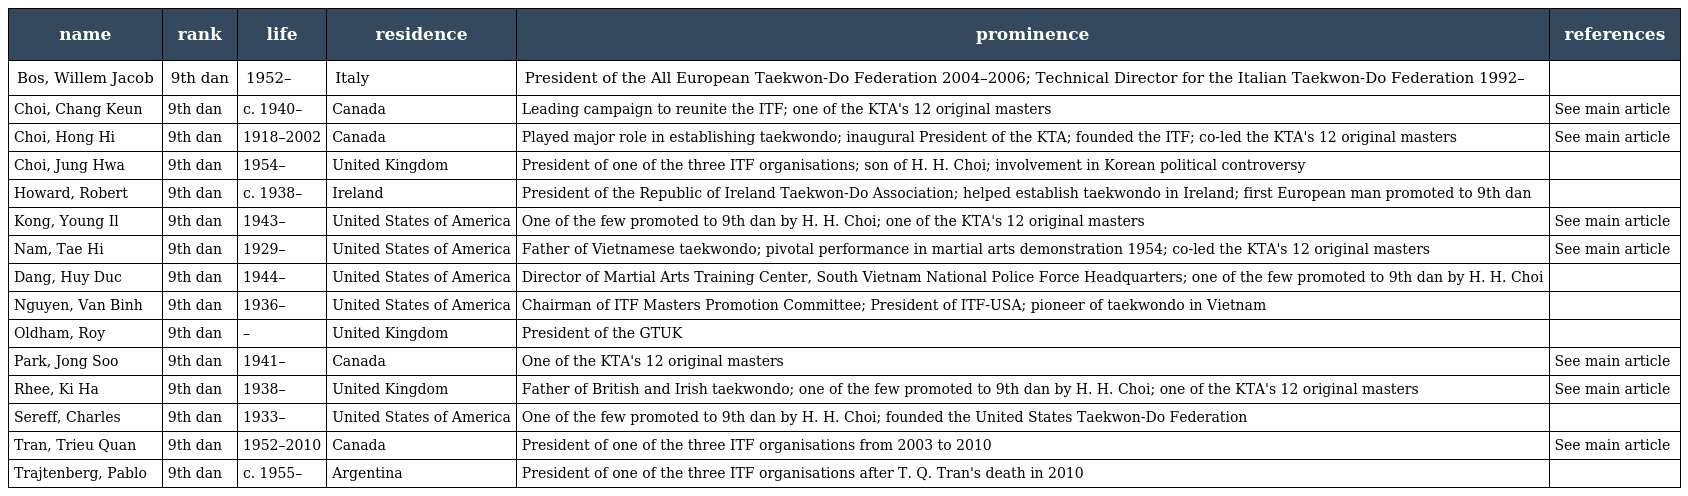
| name | rank | life | residence | prominence | references |
 | --- | --- | --- | --- | --- | --- |
 | Bos, Willem Jacob | 9th dan | 1952– | Italy | President of the All European Taekwon-Do Federation 2004–2006; Technical Director for the Italian Taekwon-Do Federation 1992– |  |
 | Choi, Chang Keun | 9th dan | c. 1940– | Canada | Leading campaign to reunite the ITF; one of the KTA's 12 original masters | See main article |
 | Choi, Hong Hi | 9th dan | 1918–2002 | Canada | Played major role in establishing taekwondo; inaugural President of the KTA; founded the ITF; co-led the KTA's 12 original masters | See main article |
 | Choi, Jung Hwa | 9th dan | 1954– | United Kingdom | President of one of the three ITF organisations; son of H. H. Choi; involvement in Korean political controversy |  |
 | Howard, Robert | 9th dan | c. 1938– | Ireland | President of the Republic of Ireland Taekwon-Do Association; helped establish taekwondo in Ireland; first European man promoted to 9th dan |  |
 | Kong, Young Il | 9th dan | 1943– | United States of America | One of the few promoted to 9th dan by H. H. Choi; one of the KTA's 12 original masters | See main article |
 | Nam, Tae Hi | 9th dan | 1929– | United States of America | Father of Vietnamese taekwondo; pivotal performance in martial arts demonstration 1954; co-led the KTA's 12 original masters | See main article |
 | Dang, Huy Duc | 9th dan | 1944– | United States of America | Director of Martial Arts Training Center, South Vietnam National Police Force Headquarters; one of the few promoted to 9th dan by H. H. Choi |  |
 | Nguyen, Van Binh | 9th dan | 1936– | United States of America | Chairman of ITF Masters Promotion Committee; President of ITF-USA; pioneer of taekwondo in Vietnam |  |
 | Oldham, Roy | 9th dan | – | United Kingdom | President of the GTUK |  |
 | Park, Jong Soo | 9th dan | 1941– | Canada | One of the KTA's 12 original masters | See main article |
 | Rhee, Ki Ha | 9th dan | 1938– | United Kingdom | Father of British and Irish taekwondo; one of the few promoted to 9th dan by H. H. Choi; one of the KTA's 12 original masters | See main article |
 | Sereff, Charles | 9th dan | 1933– | United States of America | One of the few promoted to 9th dan by H. H. Choi; founded the United States Taekwon-Do Federation |  |
 | Tran, Trieu Quan | 9th dan | 1952–2010 | Canada | President of one of the three ITF organisations from 2003 to 2010 | See main article |
 | Trajtenberg, Pablo | 9th dan | c. 1955– | Argentina | President of one of the three ITF organisations after T. Q. Tran's death in 2010 |  |